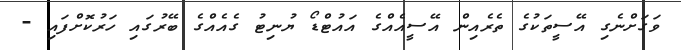
ވަގަށްނެގި އޭސީތަކުގެ ތެރެއިން އޭސީއެއްގެ އައުޓްޑޯ ޔުނިޓު ގެއެއްގެ ބޭރުގައި ހަރުކޮށްފައި -